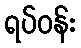
ရပ်ဝန်း